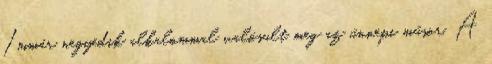
Immár negyedik alkalommal valósult meg az ünnepi műsor. A